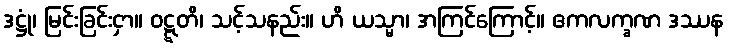
ဒဋ္ဌုံ၊ မြင်းခြင်းငှာ။ ဝဋ္ဋတိ၊ သင့်သနည်း။ ဟိ ယသ္မာ၊ အကြင်ကြောင့်။ ဧကလက္ခဏ ဒဿန